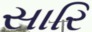
સારિ